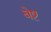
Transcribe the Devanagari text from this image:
बेष्ट